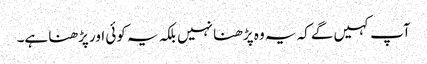
آپ کہیں‌گے کہ یہ وہ پڑھنا نہیں بلکہ یہ کوئی اور پڑھنا ہے۔